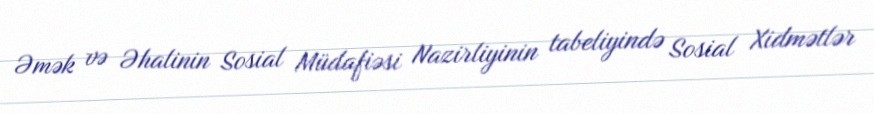
Əmək və Əhalinin Sosial Müdafiəsi Nazirliyinin tabeliyində Sosial Xidmətlər